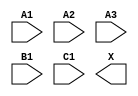
module sky130_fd_sc_ms__a311o (
    //# {{data|Data Signals}}
    input  A1,
    input  A2,
    input  A3,
    input  B1,
    input  C1,
    output X
);

    // Voltage supply signals
    supply1 VPWR;
    supply0 VGND;
    supply1 VPB ;
    supply0 VNB ;

endmodule